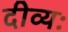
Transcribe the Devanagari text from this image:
दीव्यः